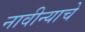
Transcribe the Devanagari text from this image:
नावीन्याचे